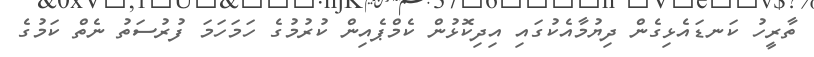
ތާރީހު ކަނޑައެޅިގެން ދިޔުމާއެކުގައި އިދިކޮޅުން ކެމްޕެއިން ކުރުމުގެ ހަމަހަމަ ފުރުސަތު ނެތް ކަމުގެ